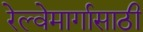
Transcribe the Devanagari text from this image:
रेल्वेमार्गासाठी